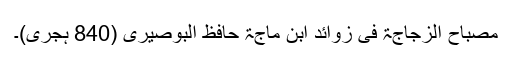
مصباح الزجاجۃ فی زوائد ابن ماجۃ حافظ البوصیری (840 ہجری)۔